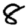
Digit: 8